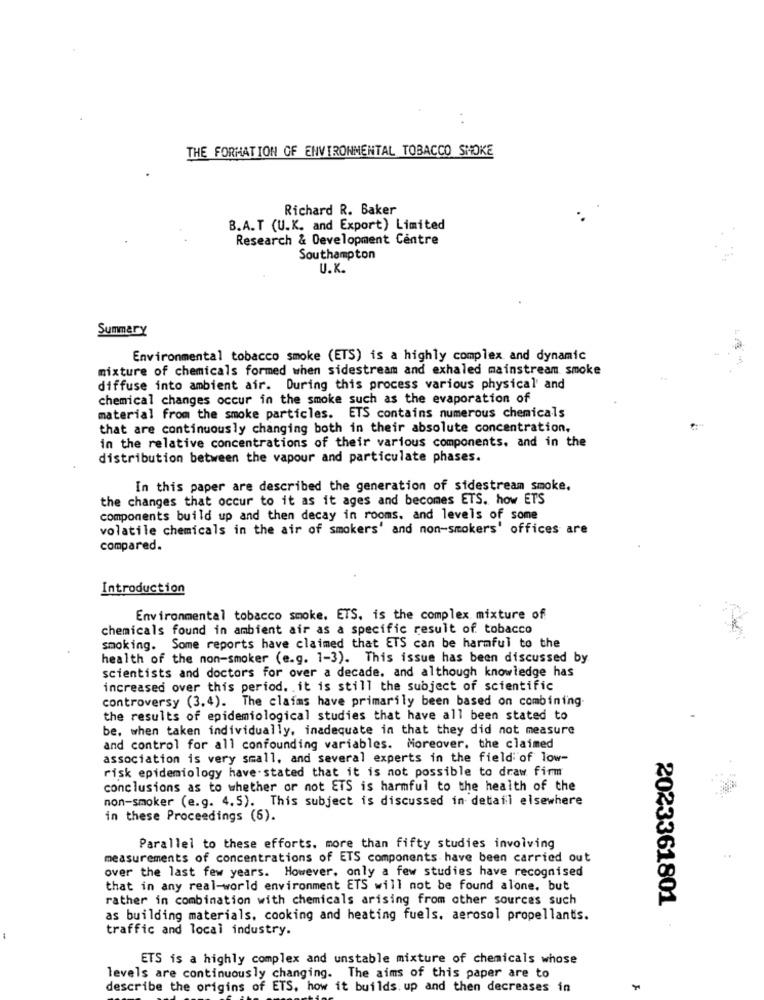
THE FORMATION OF ENVIRONMENTAL TOBACCO SHOKE
Richard R. Baker
B.A.T (U.K. and Export) Limited
Research & Development Centre
Southampton
U.K.
Summary
Environmental tobacco smoke (ETS) is a highly complex and dynamic
mixture of chemicals formed when sidestream and exhaled mainstream smoke
diffuse into ambient air. During this process various physical' and
chemical changes occur in the smoke such as the evaporation of
material from the smoke particles. ETS contains numerous chemicals
that are continuously changing both in their absolute concentration,
in the relative concentrations of their various components, and in the
distribution between the vapour and particulate phases.
In this paper are described the generation of sidestream smoke,
the changes that occur to it as it ages and becomes ETS. how ETS
components build up and then decay in rooms. and levels of some
volatile chemicals in the air of smokers' and non-smokers' offices are
compared.
Introduction
Environmental tobacco smoke, ETS, is the complex mixture of
chemicals found in ambient air as a specific result of tobacco
smoking. Some reports have claimed that ETS can be harmful to the
health of the non-smoker (e.g. 1-3). This issue has been discussed by
scientists and doctors for over a decade. and although knowledge has
increased over this period. it is still the subject of scientific
controversy (3.4). The claims have primarily been based on combining-
the results of epidemiological studies that have all been stated to
be, when taken individually, inadequate in that they did not measure
and control for all confounding variables. Moreover, the claimed
association is very small, and several experts in the field of low-
risk epidemiology have-stated that it is not possible to draw firm
conclusions as to whether or not ETS is harmful to the health of the
non-smoker (e.g. 4.5). This subject is discussed in detail elsewhere
in these Proceedings (6).
Parallel to these efforts. more than fifty studies involving
measurements of concentrations of ETS components have been carried out
over the last few years. However, only a few studies have recognised
that in any real-world environment ETS will not be found alone. but
rather in combination with chemicals arising from other sources such
2023361801
as building materials, cooking and heating fuels. aerosol propellants.
traffic and local industry.
ETS is a highly complex and unstable mixture of chemicals whose
levels are continuously changing. The aims of this paper are to
describe the origins of ETS, how it builds. up and then decreases in